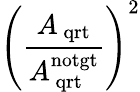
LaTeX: \left(\frac{A\mathrm{_{\, qrt}}}{A\mathrm{_{\, qrt}^{notgt}}}\right)^{2}